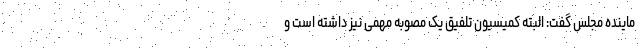
ماینده مجلس گفت: البته کمیسیون تلفیق یک مصوبه مهمی نیز داشته است و